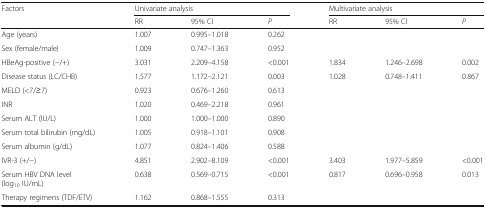
| <ROWSPAN=2> Factors | <COLSPAN=3> Univariate analysis | <COLSPAN=3> Multivariate analysis |
 | RR | 95% CI | P | RR | 95% CI | P |
 | --- | --- | --- | --- | --- | --- | --- |
 | Age (years) | 1.007 | 0.995–1.018 | 0.262 |  |  |  |
 | Sex (female/male) | 1.009 | 0.747–1.363 | 0.952 |  |  |  |
 | HBeAg-positive (−/+) | 3.031 | 2.209–4.158 | <0.001 | 1.834 | 1.246–2.698 | 0.002 |
 | Disease status (LC/CHB) | 1.577 | 1.172–2.121 | 0.003 | 1.028 | 0.748–1.411 | 0.867 |
 | MELD (<7/≥7) | 0.923 | 0.676–1.260 | 0.613 |  |  |  |
 | INR | 1.020 | 0.469–2.218 | 0.961 |  |  |  |
 | Serum ALT (IU/L) | 1.000 | 1.000–1.000 | 0.890 |  |  |  |
 | Serum total bilirubin (mg/dL) | 1.005 | 0.918–1.101 | 0.908 |  |  |  |
 | Serum albumin (g/dL) | 1.077 | 0.824–1.406 | 0.588 |  |  |  |
 | IVR-3 (+/−) | 4.851 | 2.902–8.109 | <0.001 | 3.403 | 1.977–5.859 | <0.001 |
 | Serum HBV DNA level(log10 IU/mL) | 0.638 | 0.569–0.715 | <0.001 | 0.817 | 0.696–0.958 | 0.013 |
 | Therapy regimens (TDF/ETV) | 1.162 | 0.868–1.555 | 0.313 |  |  |  |